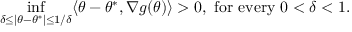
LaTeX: \operatorname* { i n f } _ { \delta \leq | \theta - \theta ^ { * } | \leq 1 / \delta } \langle \theta - \theta ^ { * } , \nabla g ( \theta ) \rangle > 0 , { \mathrm { ~ f o r ~ e v e r y ~ } } 0 < \delta < 1 .